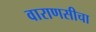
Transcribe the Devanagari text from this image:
वाराणसीचा